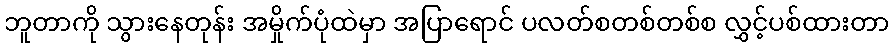
ဘူတာကို သွားနေတုန်း အမှိုက်ပုံထဲမှာ အပြာရောင် ပလတ်စတစ်တစ်စ လွှင့်ပစ်ထားတာ